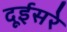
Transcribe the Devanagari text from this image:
दूईसरे